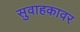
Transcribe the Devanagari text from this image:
सुवाहकावर